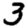
Digit: 3